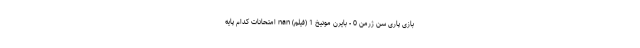
بازی پاری سن ژرمن 0 - بایرن مونیخ 1 (فیلم) nan امتحانات کدام پایه